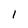
Character: 1